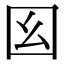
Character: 𡆩